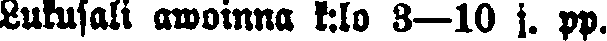
Lukusali awoinna k:lo 3—10 j. pp.